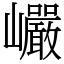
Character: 巗